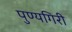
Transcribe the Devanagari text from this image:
पुण्यगिरी